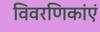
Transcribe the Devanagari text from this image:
विवरणिकांएं